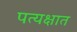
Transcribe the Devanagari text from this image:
पत्यक्षात